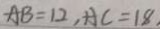
A B = 1 2 , A C = 1 8